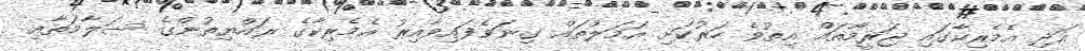
އަދި އެމެރިކާގައި ޖަރީމާތައް އިތުވެ ހަރުކަށި އަމަލުތައް ގިނަވެފައިވާއިރު އެމެރިކާގެ ރައްޔިތުންގެ ސަލާމަތާއި